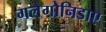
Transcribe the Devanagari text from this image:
गलेगोनिडाए